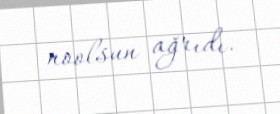
noolsun ağrıdı.